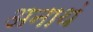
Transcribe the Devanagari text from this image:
अनाथं